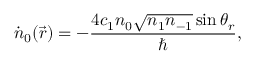
\dot { n } _ { 0 } ( \vec { r } ) = - \frac { 4 c _ { 1 } n _ { 0 } \sqrt { n _ { 1 } n _ { - 1 } } \sin \theta _ { r } } { \hbar } ,